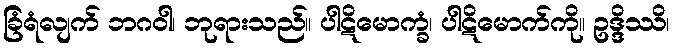
ခြံရံလျက် ဘဂဝါ၊ ဘုရားသည်။ ပါဋိမောက္ခံ၊ ပါဋိမောက်ကို။ ဥဒ္ဒိဿိ၊